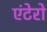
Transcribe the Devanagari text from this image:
एंटेरो